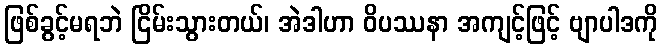
ဖြစ်ခွင့်မရဘဲ ငြိမ်းသွားတယ်၊ အဲဒါဟာ ဝိပဿနာ အကျင့်ဖြင့် ဗျာပါဒကို